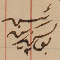
رئيس يوسف زينه